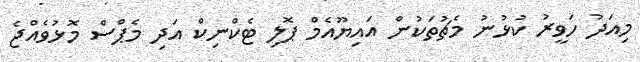
މިއަދު ހަވީރު ކުޅުނު މެޗުތަކުން އައިޔޫއެމް ޕޮލި ޓެކްނިކް އަދި މެޕްސް މޮޅުވެއްޖެ